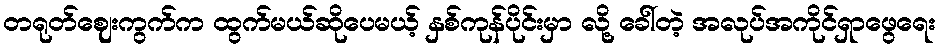
တရုတ်ဈေးကွက်က ထွက်မယ်ဆိုပေမယ့် နှစ်ကုန်ပိုင်းမှာ လို့ ခေါ်တဲ့ အလုပ်အကိုင်ရှာဖွေရေး